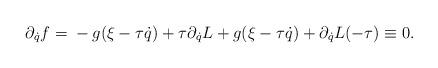
LaTeX: \begin{align*} \partial_{\dot q}f={}& -g(\xi -\tau \dot q)+ \tau \partial_{\dot q}L+ g (\xi -\tau \dot q)+ \partial_{\dot q}L(-\tau ) \equiv0. \end{align*}